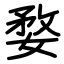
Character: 婺